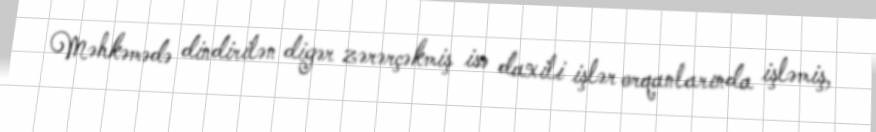
Məhkəmədə dindirilən digər zərərçəkmiş isə daxili işlər orqanlarında işləmiş,